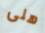
هلى